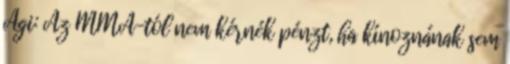
Ági: Az MMA-tól nem kérnék pénzt, ha kínoznának sem